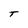
Character: T